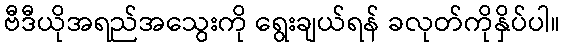
ဗီဒီယိုအရည်အသွေးကို ရွေးချယ်ရန် ခလုတ်ကိုနှိပ်ပါ။